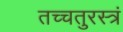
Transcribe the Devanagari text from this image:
तच्चतुरस्त्रं